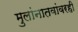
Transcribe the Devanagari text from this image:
मुलांनातवांवरही